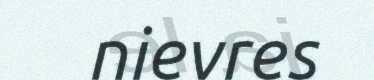
nievres